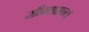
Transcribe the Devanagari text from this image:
सीमाप्रान्त